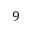
9